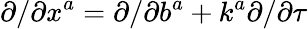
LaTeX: {\partial}/{\partial x^{a}}={\partial}/{\partial b^{a}}+k^{a}{\partial}/{\partial\tau}